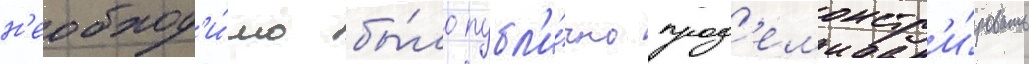
н'еобход'и́мо бы́ло публ'и́чно прод'емонстр'и́ровать